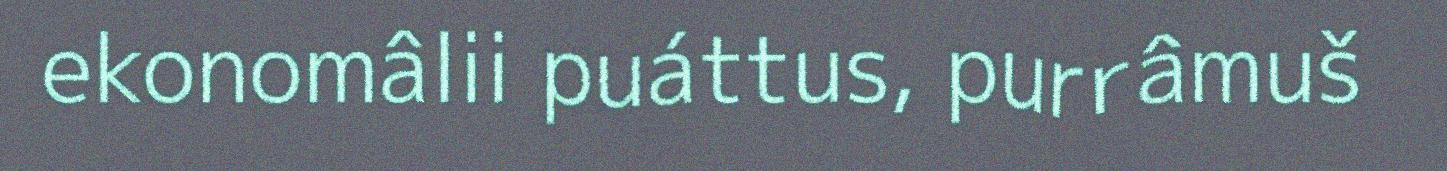
ekonomâlii puáttus, purrâmuš